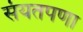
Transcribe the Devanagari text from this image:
संयतपणा